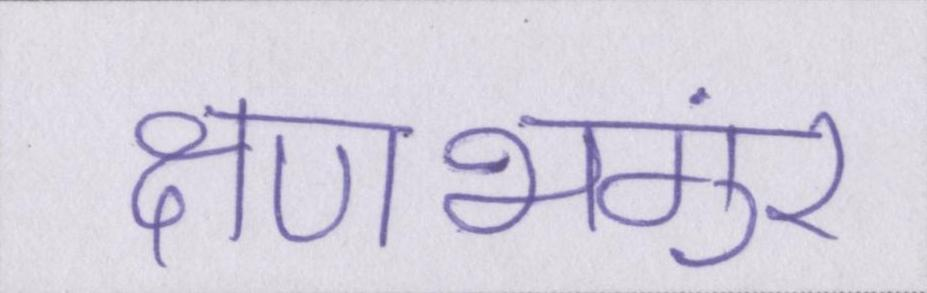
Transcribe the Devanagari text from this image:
क्षणभंगुर